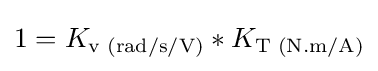
1={\displaystyle K_{\text{v (rad/s/V)}}}*{\displaystyle K_{\text{T (N.m/A)}}}